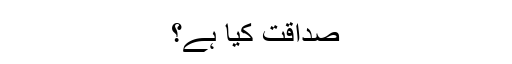
صداقت کیا ہے؟